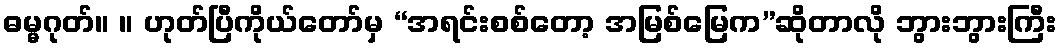
ဓမ္မဂုတ်။ ။ ဟုတ်ပြီကိုယ်တော်မှ “အရင်းစစ်တော့ အမြစ်မြေက”ဆိုတာလို ဘွားဘွားကြီး